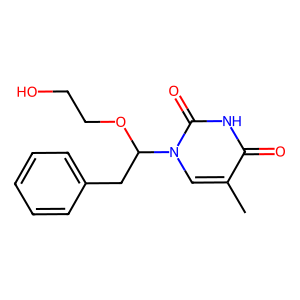
SMILES: Cc1cn(C(Cc2ccccc2)OCCO)c(=O)[nH]c1=O
Inhibits HIV replication: No